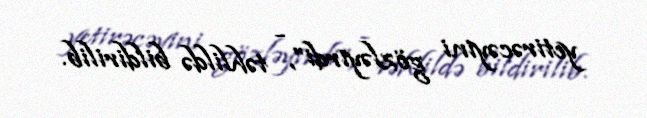
yetirəcəyini gözləyirdi”, - təhlildə bildirilib.